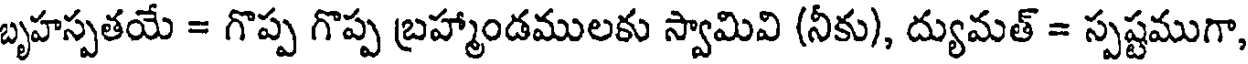
బృహస్పతయే = గొప్ప గొప్ప బ్రహ్మాండములకు స్వామివి (నీకు), ద్యుమత్ = స్పష్టముగా,